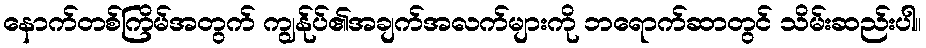
နောက်တစ်ကြိမ်အတွက် ကျွန်ုပ်၏အချက်အလက်များကို ဘရောက်ဆာတွင် သိမ်းဆည်းပါ။